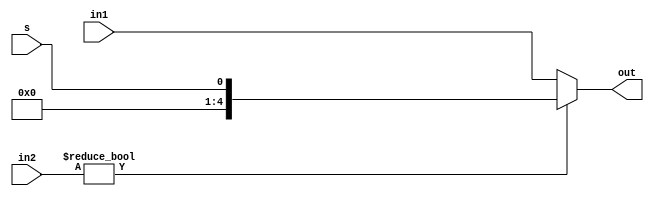
module mux2to1_5(in1,in2,s,out);
input [4:0] in1;
input [4:0] in2;
input s;
output [4:0] out;
assign out = in2 ? s : in1;
endmodule